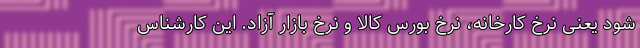
شود یعنی نرخ کارخانه، نرخ بورس کالا و نرخ بازار آزاد. این کارشناس